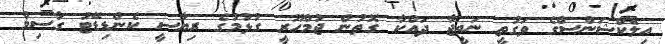
އިލެކްޝަންސްގެ ވަގުތީ ނަތީޖާ ދައްކާ ގޮތުން ޖުމްހޫރީ ގުޅުމުގެ ރިޔާސީ ކެންޑިޑޭޓު ގާސިމް